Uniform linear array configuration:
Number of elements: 24
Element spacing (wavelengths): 0.25
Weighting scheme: exponential
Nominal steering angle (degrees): -15
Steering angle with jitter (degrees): -16.459
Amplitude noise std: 0.05
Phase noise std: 0.05

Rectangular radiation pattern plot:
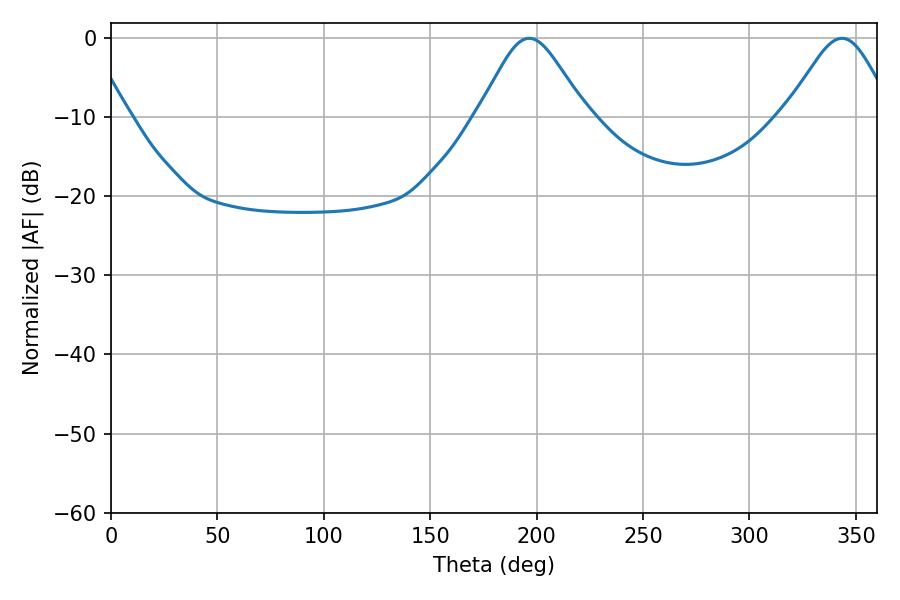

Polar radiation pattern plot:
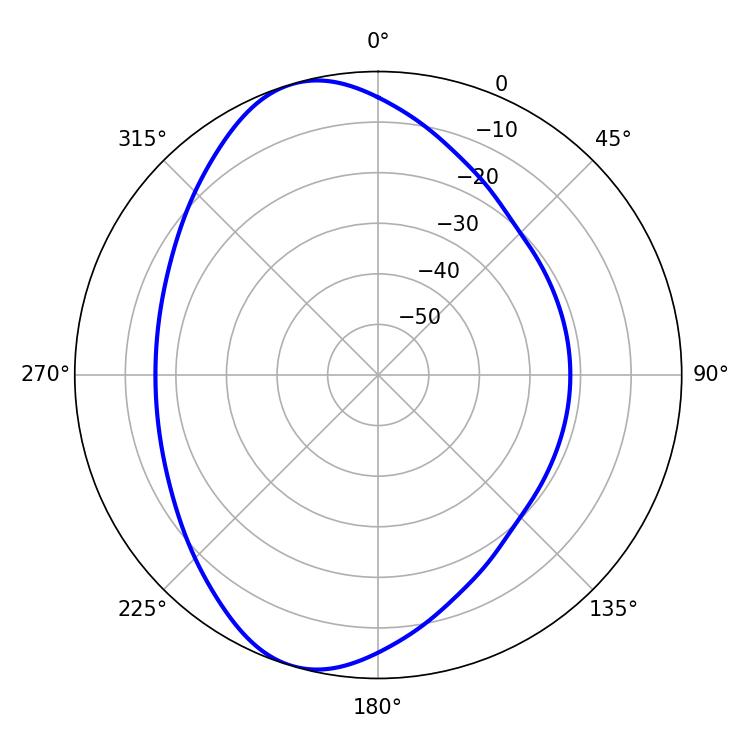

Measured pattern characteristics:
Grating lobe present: FALSE
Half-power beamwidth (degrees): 24.48
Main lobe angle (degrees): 196.56